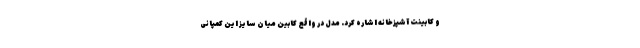
و کابینت آشپزخانه اشاره کرد. مدل در واقع کابین میان سایز این کمپانی